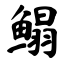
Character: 鳎